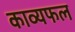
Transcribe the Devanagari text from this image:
काव्यफल